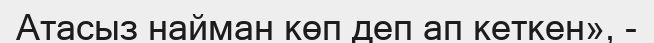
Атасыз найман көп деп ап кеткен», -